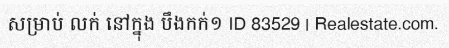
សម្រាប់ លក់ នៅក្នុង បឹងកក់១ ID 83529 | Realestate.com.